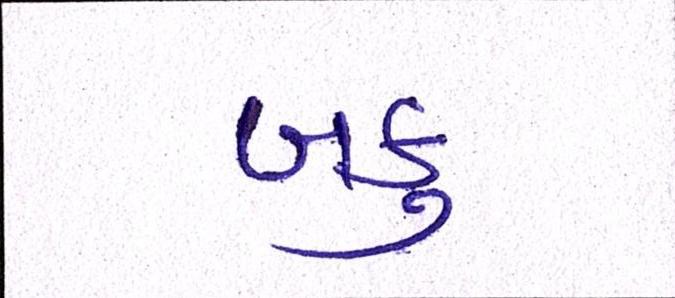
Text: બકુ